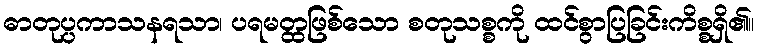
ဓာတုပ္ပကာသနရသာ၊ ပရမတ္ထဖြစ်သော စတုသစ္စကို ထင်စွာပြခြင်းကိစ္စရှိ၏။